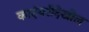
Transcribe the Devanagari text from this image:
कादंबरीदेखील